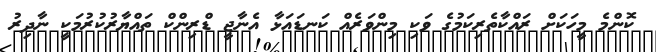
ކޮންމެ މީހަކަށް ރައްކާތެރިކަމުގެ ވަކި މިންވަރެއް ކަނޑައަޅާ އެނާޖީ ޑްރިންކް ތައްޔާރުކުރުމަކީ ނާދިރު